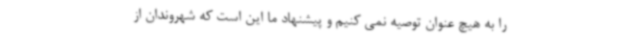
را به هیچ عنوان توصیه نمی کنیم و پیشنهاد ما این است که شهروندان از